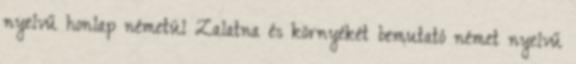
nyelvű honlap németül Zalatna és környékét bemutató német nyelvű